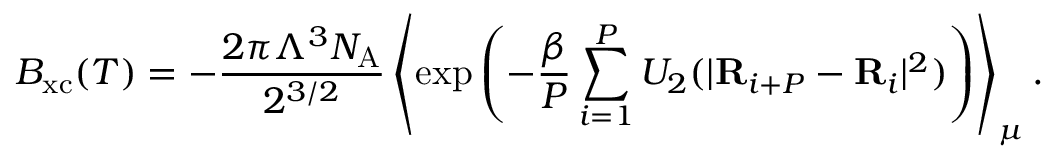
B _ { \mathrm { x c } } ( T ) = - \frac { 2 \pi \Lambda ^ { 3 } N _ { \mathrm { A } } } { 2 ^ { 3 / 2 } } \left\langle \exp \left( - \frac { \beta } { P } \sum _ { i = 1 } ^ { P } U _ { 2 } ( | \mathbf { R } _ { i + P } - \mathbf { R } _ { i } | ^ { 2 } ) \right) \right\rangle _ { \mu } .